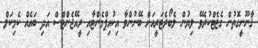
ޤާނޫނީގޮތުން ގެޒެޓްކުރެވޭ ލިޔުން ލެބޯރެޓަރީއަށް ބޭނުންވާ އިކުއިޕްމެންޓާއި ރީއޭޖެންޓްސް އަދި ބައެއް ކެމިކަލް